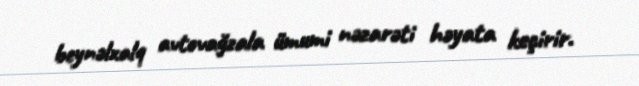
beynəlxalq avtovağzala ümumi nəzarəti həyata keçirir.